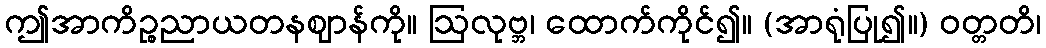
ဤအာကိဉ္စညာယတနဈာန်ကို။ ဩလုဗ္ဘ၊ ထောက်ကိုင်၍။ (အာရုံပြု၍။) ဝတ္တတိ၊